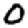
Digit: 0